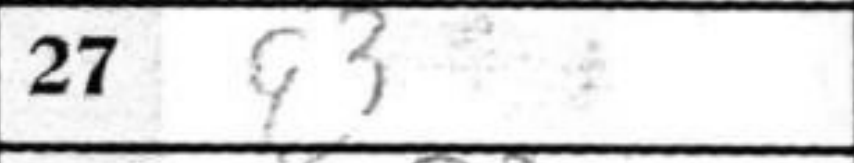
Transcription: g3